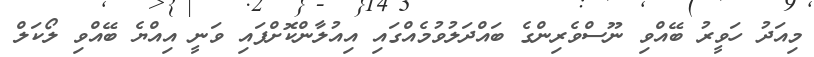
މިއަދު ހަވީރު ބޭއްވި ނޫސްވެރިންގެ ބައްދަލުވުމެއްގައި އިއުލާންކޮށްފައި ވަނީ އިއްޔެ ބޭއްވި ލޯކަލް